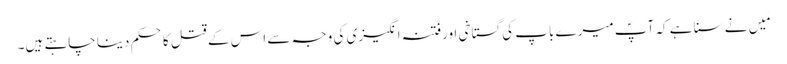
مَیں نے سنا ہے کہ آپؐ میرے باپ کی گستاخی اورفتنہ انگیزی کی وجہ سے اس کے قتل کا حکم دینا چاہتے ہیں۔